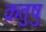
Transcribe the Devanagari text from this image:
क्रतुषु